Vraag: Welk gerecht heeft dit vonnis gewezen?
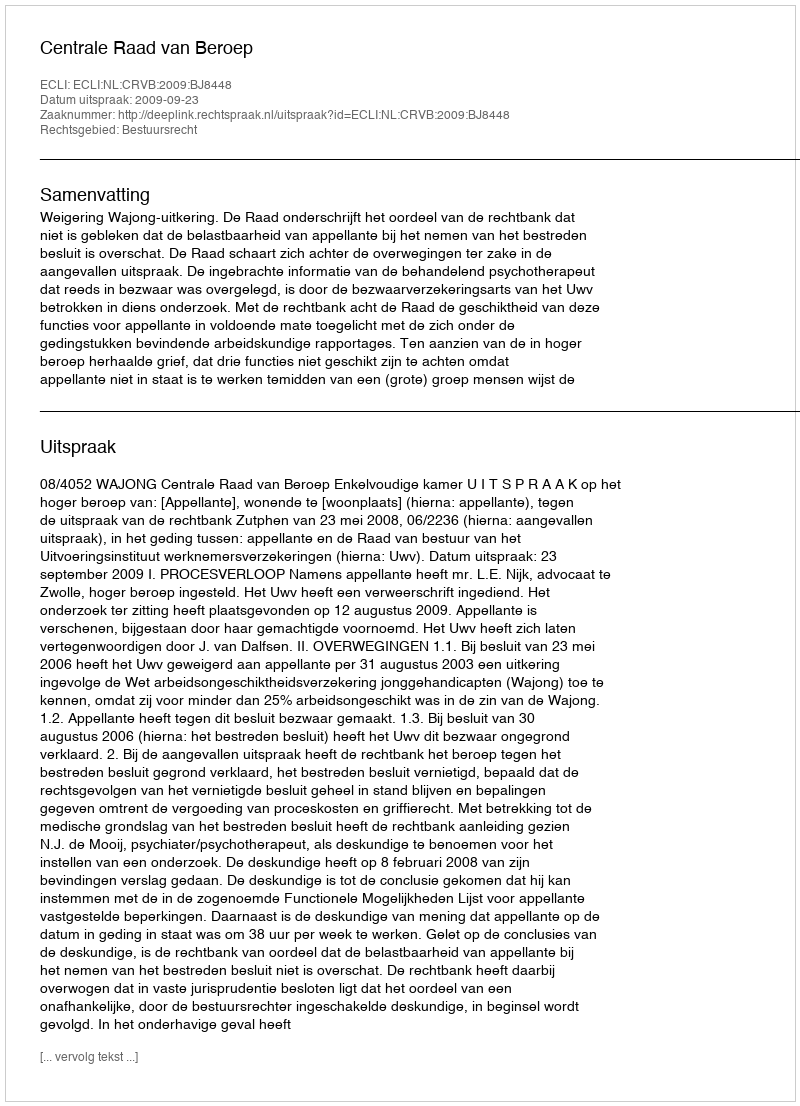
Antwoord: Centrale Raad van Beroep